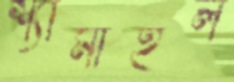
শ্যামাইল